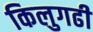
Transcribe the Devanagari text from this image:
किलुगढी